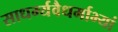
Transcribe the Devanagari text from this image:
साधर्म्यवैधर्माभ्यां